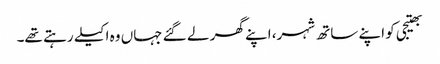
بھتیجی کو اپنے ساتھ شہر، اپنے گھر لے گئے جہاں وہ اکیلے رہتے تھے۔